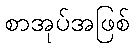
စာအုပ်အဖြစ်